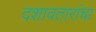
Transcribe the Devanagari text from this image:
दशावतारांचा